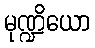
မုဏ္ဍိယော